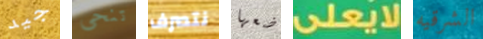
جيد تنحى نتصرف ضعها لايعلى الشرقيه